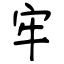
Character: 牢